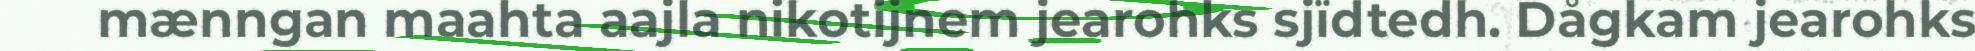
mænngan maahta aajla nikotijnem jearohks sjïdtedh. Dågkam jearohks